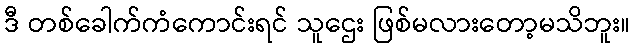
ဒီ တစ်ခေါက်ကံကောင်းရင် သူဌေး ဖြစ်မလားတော့မသိဘူး။